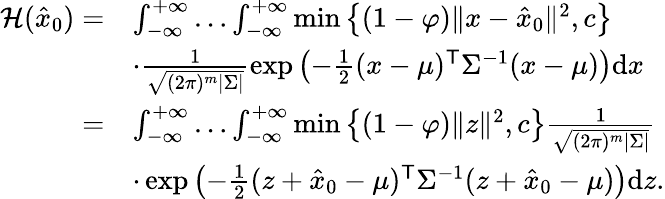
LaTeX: \begin{array}{rl}{\mathcal{H}(\hat{{x}}_{0})=}&{\int_{-\infty}^{+\infty}\ldots\int_{-\infty}^{+\infty}\operatorname*{min}\big\{ (1-\varphi)\| {x}-\hat{{x}}_{0}\| ^{2},c\big\} }\\ &{\cdot\frac{1}{\sqrt{(2\pi)^{m}|{\Sigma}|}}\exp\left(-\frac{1}{2}({x}-{\mu})^{\mathsf{T}}{\Sigma}^{-1}({x}-{\mu})\right)\mathrm{d}{x}}\\ {=}&{\int_{-\infty}^{+\infty}\ldots\int_{-\infty}^{+\infty}\operatorname*{min}\big\{ (1-\varphi)\| {z}\| ^{2},c\big\} \frac{1}{\sqrt{(2\pi)^{m}|{\Sigma}|}}}\\ &{\cdot\exp\left(-\frac{1}{2}({z}+\hat{{x}}_{0}-{\mu})^{\mathsf{T}}{\Sigma}^{-1}({z}+\hat{{x}}_{0}-{\mu})\right)\mathrm{d}{z}.}\end{array}